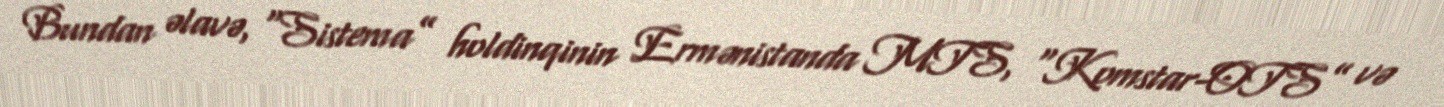
Bundan əlavə, “Sistema” holdinqinin Ermənistanda MTS, “Komstar-OTS” və